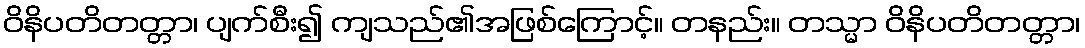
ဝိနိပတိတတ္တာ၊ ပျက်စီး၍ ကျသည်၏အဖြစ်ကြောင့်။ တနည်း။ တသ္မာ ဝိနိပတိတတ္တာ၊